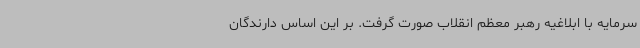
سرمایه با ابلاغیه رهبر معظم انقلاب صورت گرفت. بر این اساس دارندگان